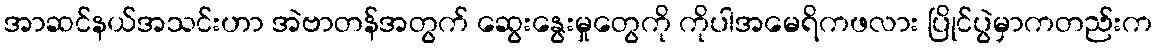
အာဆင်နယ်အသင်းဟာ အဲဗာတန်အတွက် ဆွေးနွေးမှုတွေကို ကိုပါအမေရိကဖလား ပြိုင်ပွဲမှာကတည်းက